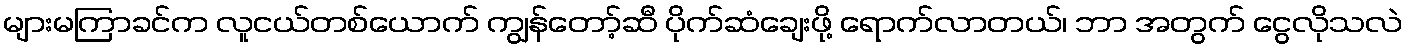
များမကြာခင်က လူငယ်တစ်ယောက် ကျွန်တော့်ဆီ ပိုက်ဆံချေးဖို့ ရောက်လာတယ်၊ ဘာ အတွက် ငွေလိုသလဲ